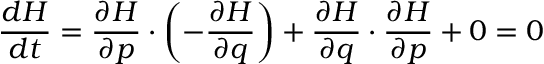
{ \frac { d H } { d t } } = { \frac { \partial H } { \partial { \boldsymbol { p } } } } \cdot \left( - { \frac { \partial H } { \partial { \boldsymbol { q } } } } \right) + { \frac { \partial H } { \partial { \boldsymbol { q } } } } \cdot { \frac { \partial H } { \partial { \boldsymbol { p } } } } + 0 = 0